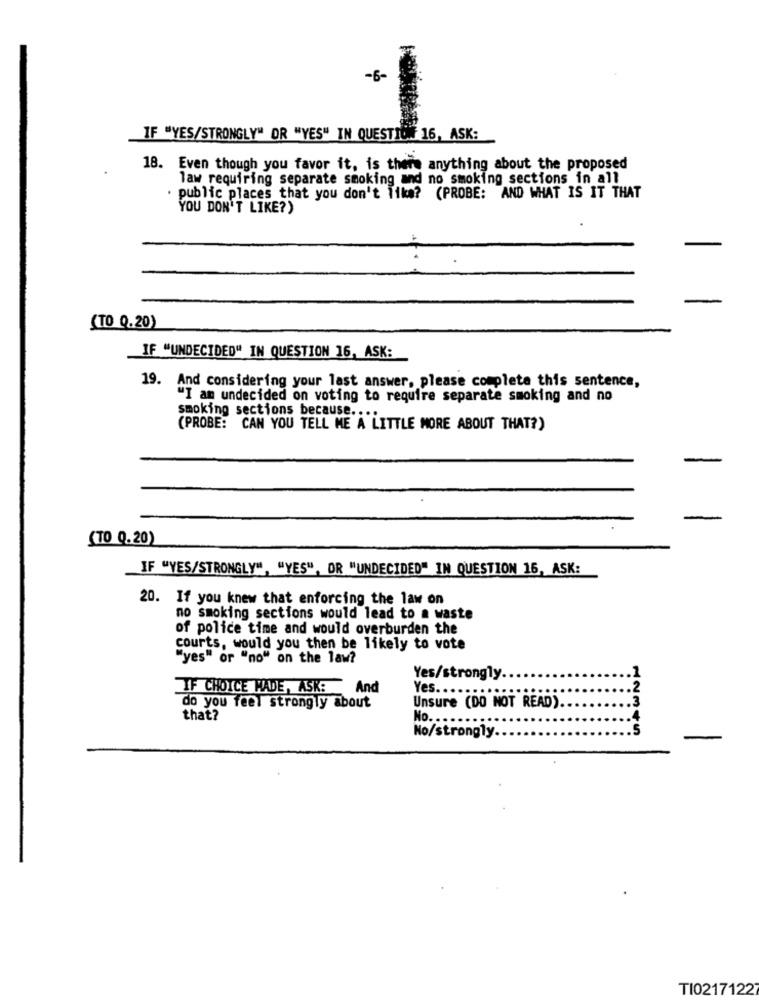
-6-
IF "YES/STRONGLY" OR "YES" IN QUESTION 16, ASK:
18. Even though you favor it, is there anything about the proposed
law requiring separate smoking and no smoking sections in all
· public places that you don't 11ka? (PROBE: AND WHAT IS IT THAT
YOU DON'T LIKE?)
(TO 9.20)
IF "UNDECIDED" IN QUESTION 16, ASK:
19. And considering your last answer, please complete this sentence,
"I am undecided on voting to require separate smoking and no
smoking sections because ....
(PROBE: CAN YOU TELL ME A LITTLE MORE ABOUT THAT?)
(70 9.20)
IF "VES/STRONGLY", "YES", OR "UNDECIDED" IN QUESTION 16, ASK:
20. If you knew that enforcing the law on
no smoking sections would lead to a waste
of police time and would overburden the
courts, would you then be likely to vote
"yes" or "no" on the law?
Yes/strongly.
IF CHOICE MADE, ASK: And
Yes. ..
do you feel strongly about
Unsure (DO NOT READ).
that?
No. ...
12345
No/strongly.
TI02171227